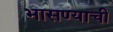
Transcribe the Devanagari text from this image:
भासण्याची